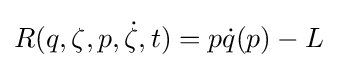
R(q,\zeta ,p,{\dot {\zeta }},t)=p{\dot {q}}(p)-L